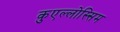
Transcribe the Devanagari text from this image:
कुएल्लोस्सिम